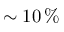
\sim 1 0 \, \%